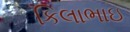
કિલાભાઇ